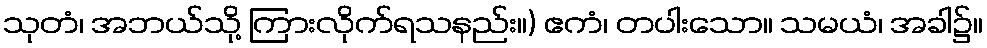
သုတံ၊ အဘယ်သို့ ကြားလိုက်ရသနည်း။) ဧကံ၊ တပါးသော။ သမယံ၊ အခါ၌။